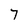
Character: 7